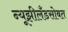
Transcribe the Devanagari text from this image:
न्यूझीलँडसोबत